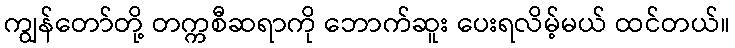
ကျွန်တော်တို့ တက္ကစီဆရာကို ဘောက်ဆူး ပေးရလိမ့်မယ် ထင်တယ်။